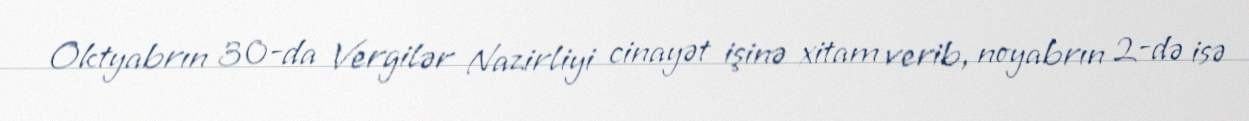
Oktyabrın 30-da Vergilər Nazirliyi cinayət işinə xitam verib, noyabrın 2-də isə